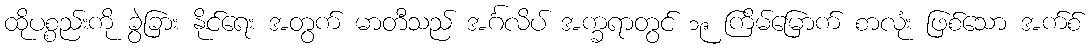
ထိုပစ္စည်းကို ခွဲခြား နိုင်ရေး အတွက် မာတီသည် အင်္ဂလိပ် အက္ခရာတွင် ၁၉ ကြိမ်မြောက် စာလုံး ဖြစ်သော အက်စ်